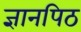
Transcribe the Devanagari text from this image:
ज्ञानपिठ